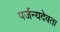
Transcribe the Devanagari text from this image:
पर्जन्यदेवता